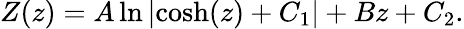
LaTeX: Z(z)=A\ln\left|\cosh(z)+C_{1}\right|+Bz+C_{2}.